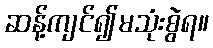
ဆန့်ကျင်၍မသုံးစွဲရ။